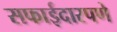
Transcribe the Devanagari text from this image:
सफाईदारपणे